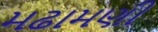
મઢામણી